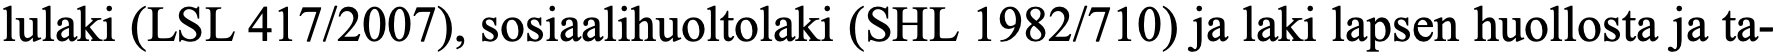
lulaki (LSL 417/2007), sosiaalihuoltolaki (SHL 1982/710) ja laki lapsen huollosta ja ta-